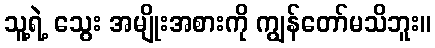
သူ့ရဲ့ သွေး အမျိုးအစားကို ကျွန်တော်မသိဘူး။